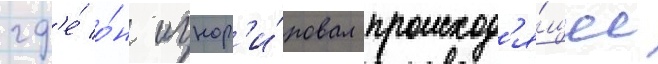
гд'е́ о́н игнор'и́ровал происход'я́щее